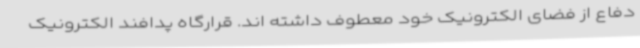
دفاع از فضای الکترونیک خود معطوف داشته اند. قرارگاه پدافند الکترونیک